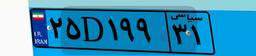
۲۵D۱۹۹۳۱